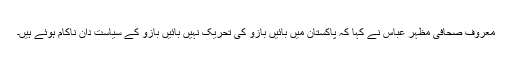
معروف صحافی مظہر عباس نے کہا کہ پاکستان میں بائیں بازو کی تحریک نہیں بائیں بازو کے سیاست دان ناکام ہوئے ہیں۔